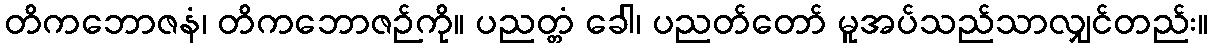
တိကဘောဇနံ၊ တိကဘောဇဉ်ကို။ ပညတ္တံ ခေါ၊ ပညတ်တော် မူအပ်သည်သာလျှင်တည်း။